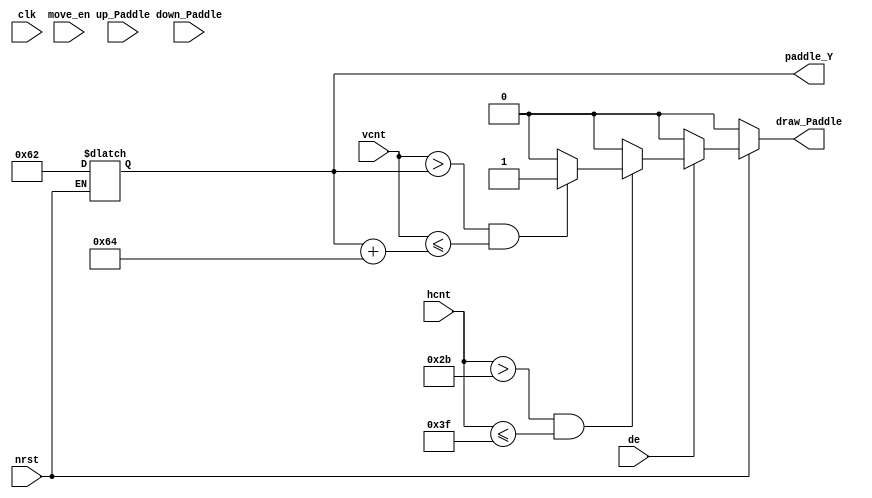
module paddle_cltr
#(
    parameter PADDLE_X = 0, // or 480 - 20
    parameter PADDLE_WIDTH   = 20,
    parameter PADDLE_HEIGHT = 100,
    parameter GAME_HEIGHT = 272,
    parameter CORR_X = 43, // hDE = 44~523 High
    parameter CORR_Y = 12 // vDE = 13~284 High
)
(
    input clk,
    input nrst,
    input [9:0] vcnt,
    input [9:0] hcnt,
    input de,
    input up_Paddle,
    input down_Paddle,
    input move_en,
    output reg draw_Paddle,
    output reg [8:0] paddle_Y
);

// Draw or Not
always@(de,hcnt,vcnt,nrst)
begin
    if(nrst == 1'd0)
    begin
        draw_Paddle <= 1'd0;
        paddle_Y <= GAME_HEIGHT / 2 - PADDLE_HEIGHT / 2 + CORR_Y; // 99
    end
    else if (de == 1'd1)              // Data is Valid
    begin
        if(hcnt > (PADDLE_X + CORR_X) && hcnt <= (PADDLE_X + CORR_X + PADDLE_WIDTH))                                            // paddle X Location
        begin
            //if ( (vcnt > 10'd84 + CORR_Y) && (vcnt <= 10'd84 + PADDLE_HEIGHT + CORR_Y) )
            if (vcnt > paddle_Y && (vcnt <= paddle_Y + PADDLE_HEIGHT) ) // paddle Y Location
                draw_Paddle <= 1'd1;
            else 
                draw_Paddle <= 1'd0;
        end
        else
            draw_Paddle <= 1'd0;
    end
    else            // Data is Invalid
        draw_Paddle <= 1'd0;
end

// Paddle Moving Logic

endmodule